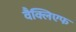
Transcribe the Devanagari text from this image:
वैक्लिएफ